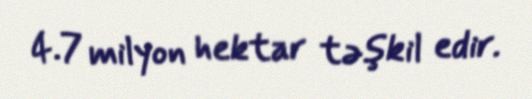
4.7 milyon hektar təşkil edir.